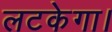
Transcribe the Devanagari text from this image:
लटकेगा।